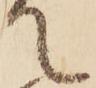
て